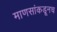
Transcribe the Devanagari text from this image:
माणसांकडूनच